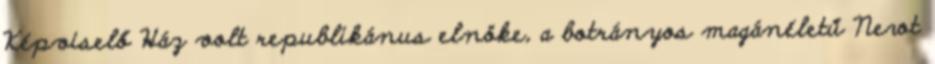
Képviselő Ház volt republikánus elnöke, a botrányos magánéletű Newt